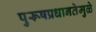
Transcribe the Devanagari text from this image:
पुरूषप्रधानतेमुळे